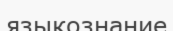
языкознание